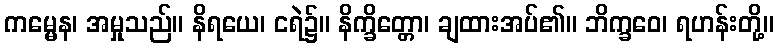
ကမ္မေန၊ အမှုသည်။ နိရယေ၊ ငရဲ၌။ နိက္ခိတ္တော၊ ချထားအပ်၏။ ဘိက္ခဝေ၊ ရဟန်းတို့။